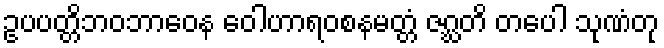
ဥပပတ္တိဘဝဘာဝေန ဝေါဟာရဝစနမတ္တံ ဇဂ္ဃတိ တပေါ သုဏံတု